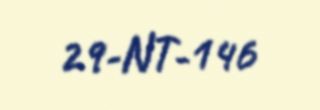
29-NT-146